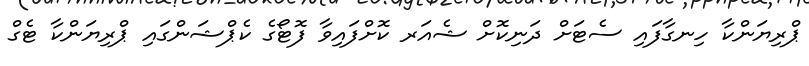
ޕްރިޔަންކާ ހިނގާފައި ސެޓަށް ދަނިކޮށް ޝެއަރ ކޮށްފައިވާ ފޮޓޯގެ ކެޕްޝަންގައި ޕްރިޔަންކާ ޓެގް